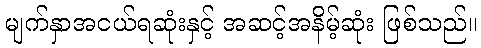
မျက်နှာအငယ်ရဆုံးနှင့် အဆင့်အနိမ့်ဆုံး ဖြစ်သည်။